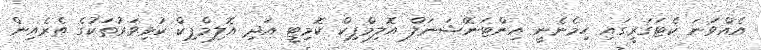
އެއްވަނަ ކެޓަގަރީގައި ހިމެނެނީ އިންޓަނޭޝަނަލް އޮލިމްޕިކް ކޮމިޓީ އަދި އޮލިމްޕިކް ކުޅިވަރުތަކުގެ ތެރެއިން